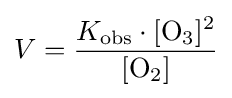
V={K_{\text{obs}}\cdot [{\mathrm {O} {\vphantom {A}}_{\smash[{t}]{3}}}]^{2} \over [{\mathrm {O} {\vphantom {A}}_{\smash[{t}]{2}}}]}